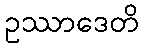
ဥဿာဒေတိ